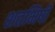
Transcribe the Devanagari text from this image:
शतभिषी